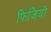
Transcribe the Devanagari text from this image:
फिजियो